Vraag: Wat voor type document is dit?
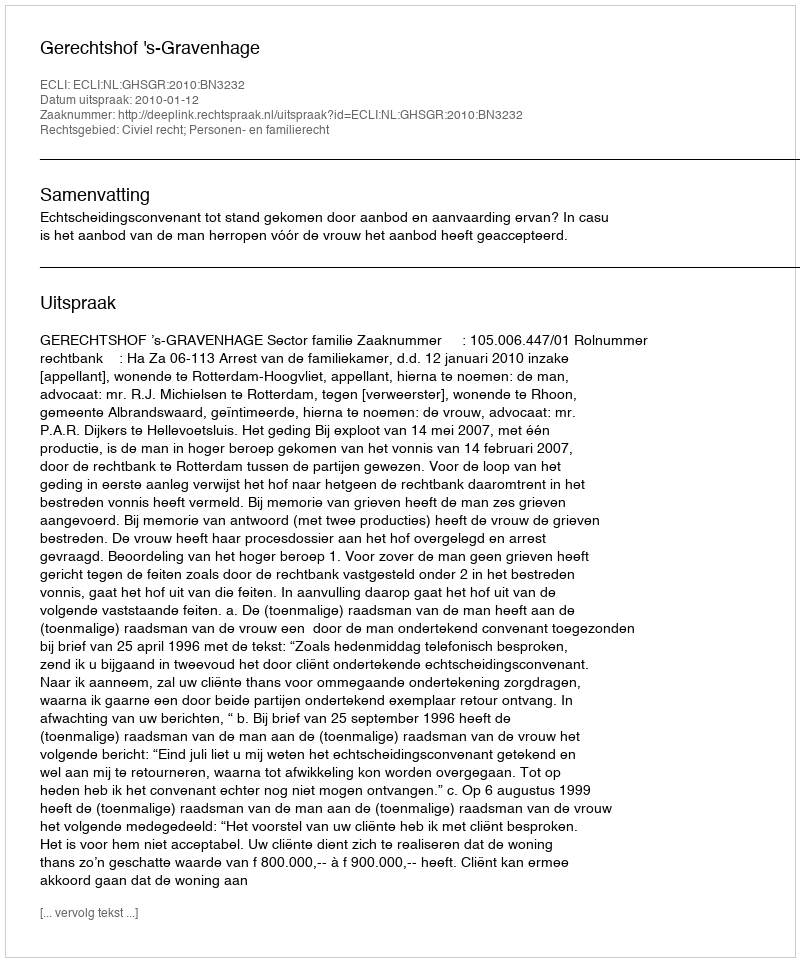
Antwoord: Uitspraak